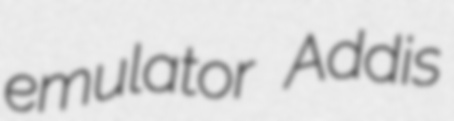
emulator Addis